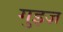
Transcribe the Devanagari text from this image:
गुइज़